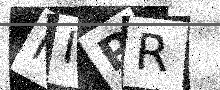
Text: MIPR